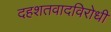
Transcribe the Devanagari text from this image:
दहशतवादविरोधी